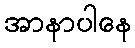
အာနာပါနေ